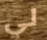
لي